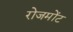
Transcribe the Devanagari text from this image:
रोजमोंट